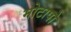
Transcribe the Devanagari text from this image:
मोटापो